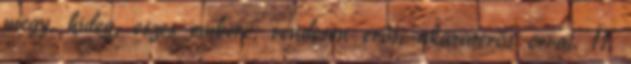
megy, hideg, eszes emberé, rendesen erős, akaraterős orral. 11.